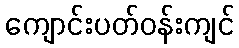
ကျောင်းပတ်ဝန်းကျင်